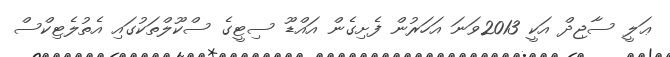
ޢަލީ ސާޖިދް އަކީ 2013ވަނަ އަހަރުން ފެށިގެން އައްޑޫ ސިޓީގެ ސްކޫލްތަކުގައި އެތުލެޓިކްސް